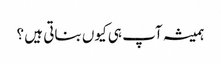
ہمیشہ آپ ہی کیوں بناتی ہیں ؟